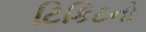
ટિકિટનો